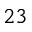
^ { 2 3 }